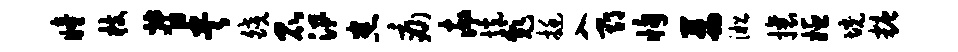
瞳枝督央皎昆汛悉痛率恍彪挺入期恂茜淞攘姬境糖